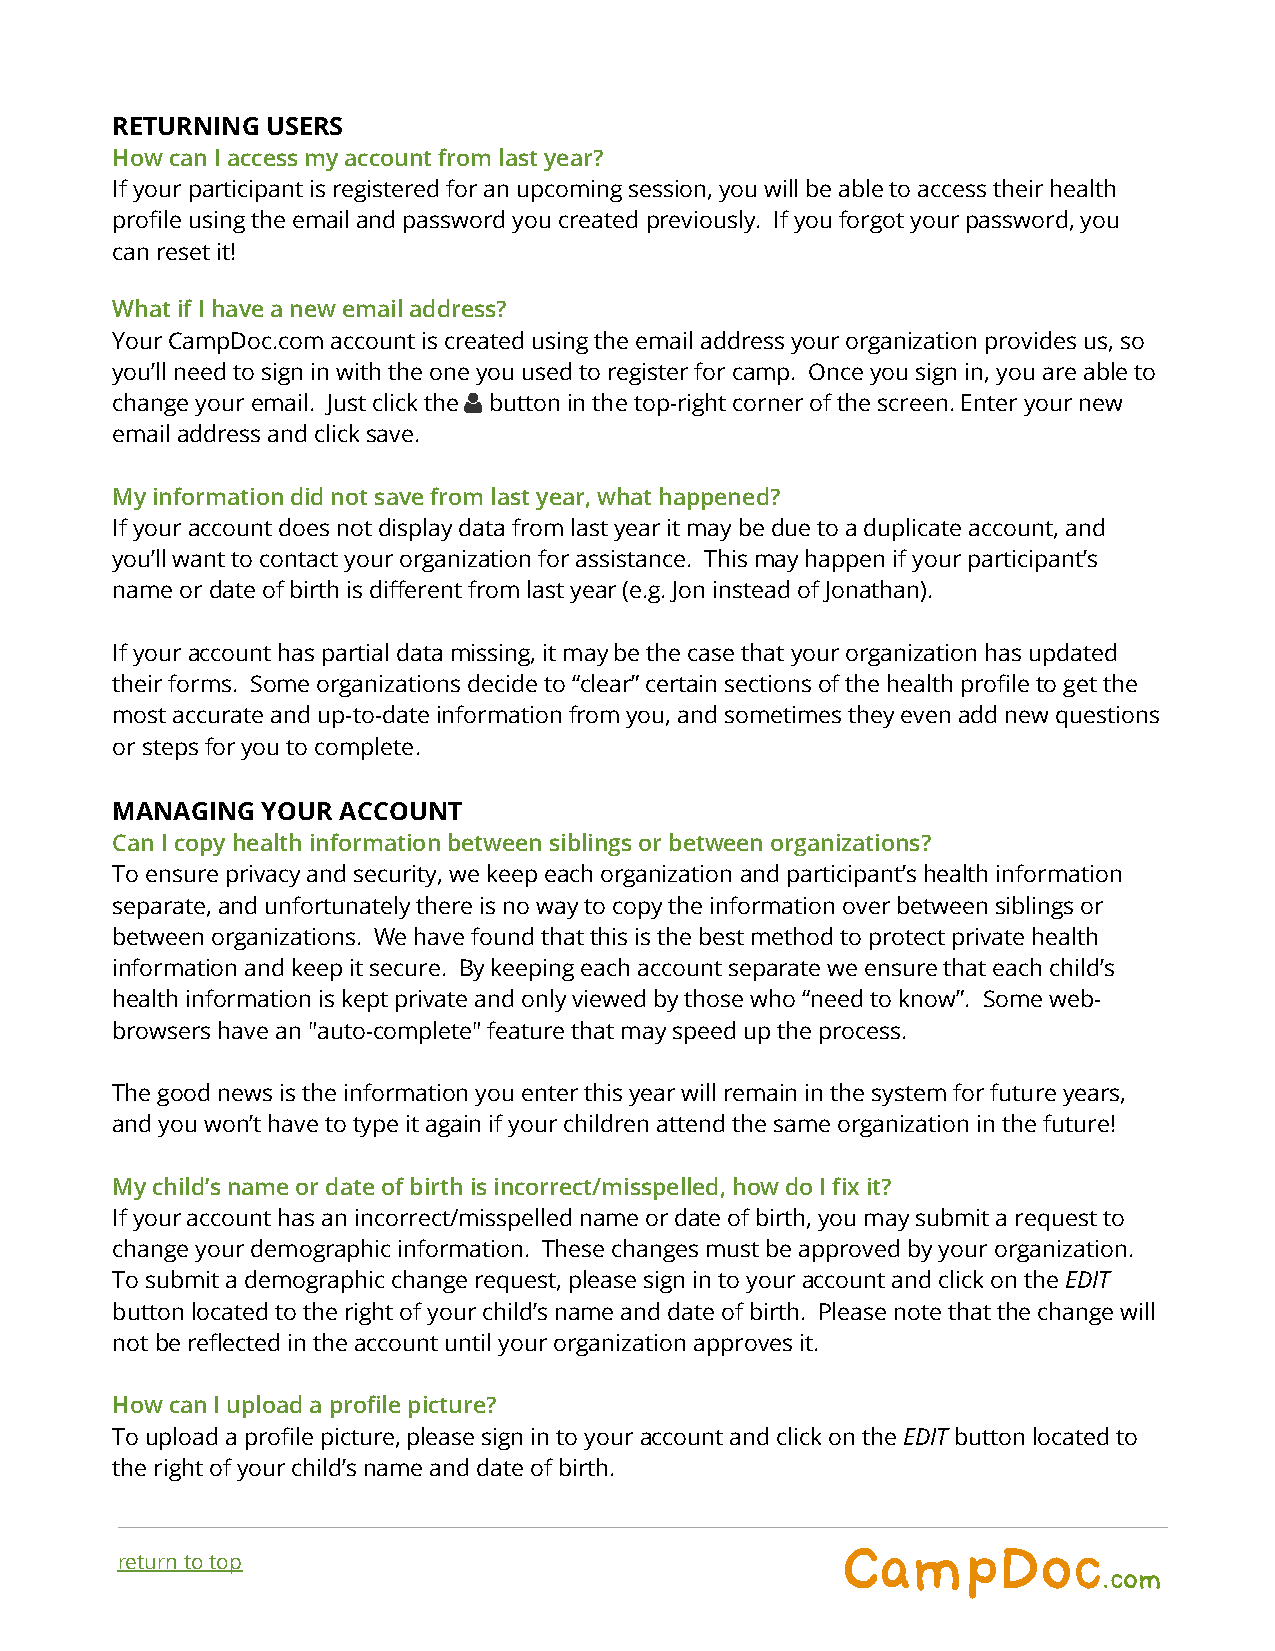
RETURNING  USERS
 How can I access my account from last year?
 If your participant is registered for an upcoming session, you will be able to access their health
 profile using the email and password you created previously. If you forgot your password, you
 can reset it!
 What if I have a new email address?
 Your CampDoc.com account is created using the email address your organization provides us, so
 you’ll need to sign in with the one you used to register for camp. Once you sign in, you are able to
 change your email. Just click the button in the top-right corner of the screen. Enter your new
 email address and click save.
 My information did not save from last year, what happened?
 If your account does not display data from last year it may be due to a duplicate account, and
 you’ll want to contact your organization for assistance. This may happen if your participant’s
 name or date of birth is different from last year (e.g. Jon instead of Jonathan).
 If your account has partial data missing, it may be the case that your organization has updated
 their forms. Some organizations decide to “clear” certain sections of the health profile to get the
 most accurate and up-to-date information from you, and sometimes they even add new questions
 or steps for you to complete.
 MANAGING  YOUR ACCOUNT
 Can I copy health information between siblings or between organizations?
 To ensure privacy and security, we keep each organization and participant’s health information
 separate, and unfortunately there is no way to copy the information over between siblings or
 between organizations. We have found that this is the best method to protect private health
 information and keep it secure. By keeping each account separate we ensure that each child’s
 health information is kept private and only viewed by those who “need to know”. Some web-
 browsers have an "auto-complete" feature that may speed up the process.
 The good news is the information you enter this year will remain in the system for future years,
 and you won’t have to type it again if your children attend the same organization in the future!
 My child’s name or date of birth is incorrect/misspelled, how do I fix it?
 If your account has an incorrect/misspelled name or date of birth, you may submit a request to
 change your demographic information. These changes must be approved by your organization.
 To submit a demographic change request, please sign in to your account and click on the EDIT
 button located to the right of your child’s name and date of birth. Please note that the change will
 not be reflected in the account until your organization approves it.
 How can I upload a profile picture?
 To upload a profile picture, please sign in to your account and click on the EDIT button located to
 the right of your child’s name and date of birth.
 CampDoc
 return to top
 .com